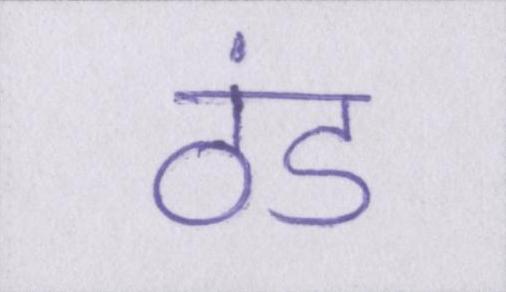
ठंड